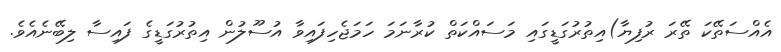
އެއްސަތޭކަ ތޭރަ ރުފިޔާ)އިތުރުގަޑީގައި މަސައްކަތް ކުރާނަމަ ހަމަޖެހިފައިވާ އުސޫލުން އިތުރުގަޑީގެ ފައިސާ ލިބޭނެއެވެ.